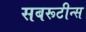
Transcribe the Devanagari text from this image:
सबरूटीन्स